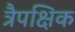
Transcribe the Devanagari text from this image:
त्रैपक्षिक